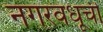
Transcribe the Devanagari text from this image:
नगरवधूची